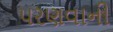
પરણવાની